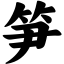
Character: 笋